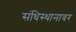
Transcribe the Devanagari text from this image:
संधिस्थानावर